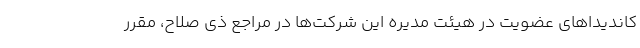
کاندیداهای عضویت در هیئت مدیره این شرکت‌ها در مراجع ذی صلاح، مقرر